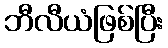
ဘီလီယံဖြစ်ပြီး